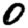
Digit: 0